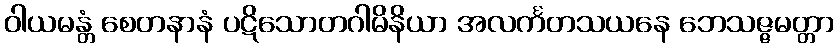
ဝါယမန္တံ စေတနာနံ ပဋိသောတဂါမိနိယာ အလင်္ကတသယနေ ဘေသဇ္ဇမတ္တာ